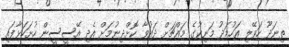
ތިނަދޫ ހަވޭލި އަހުމަދު މަނިކުގެ މައްޗަށް ދައުވާ ކޮށްދިނުމަށް އެދި އޭސީސީން ހުށަހަޅާފައި